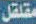
مقلقل